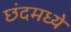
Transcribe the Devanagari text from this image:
छंदमध्ये